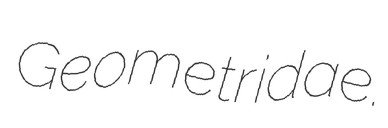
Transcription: Geometridae.